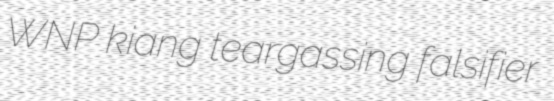
WNP kiang teargassing falsifier